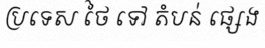
ប្រទេស ថៃ ទៅ តំបន់ ផ្សេង